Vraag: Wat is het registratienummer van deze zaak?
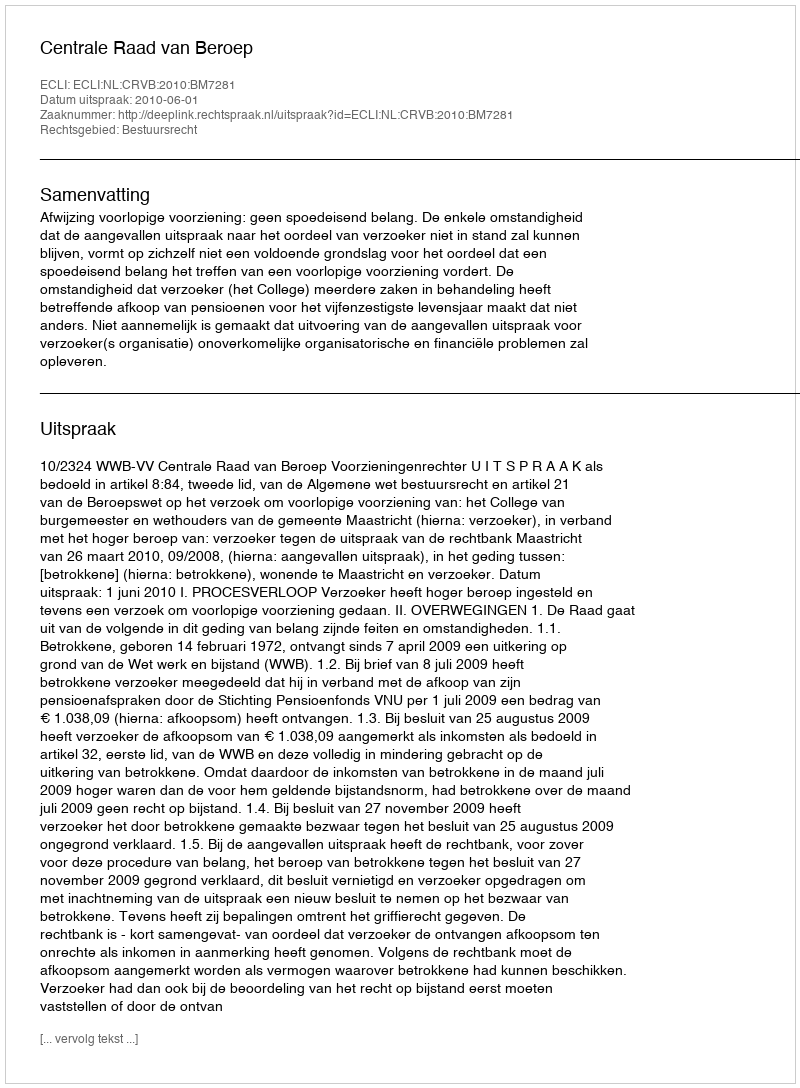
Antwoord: http://deeplink.rechtspraak.nl/uitspraak?id=ECLI:NL:CRVB:2010:BM7281